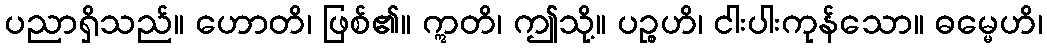
ပညာရှိသည်။ ဟောတိ၊ ဖြစ်၏။ ဣတိ၊ ဤသို့။ ပဉ္စဟိ၊ ငါးပါးကုန်သော။ ဓမ္မေဟိ၊